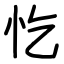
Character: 忔